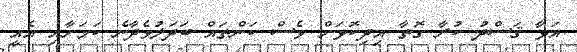
އަޅާ ޤަސްދު ކުރާ ގޮތާ އިދިކޮޅަށް ވެސް ކަންތައް ބަދަލުވެދާނެ ކަމަށާއި އެއީ